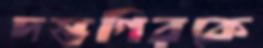
দস্তগিরকে